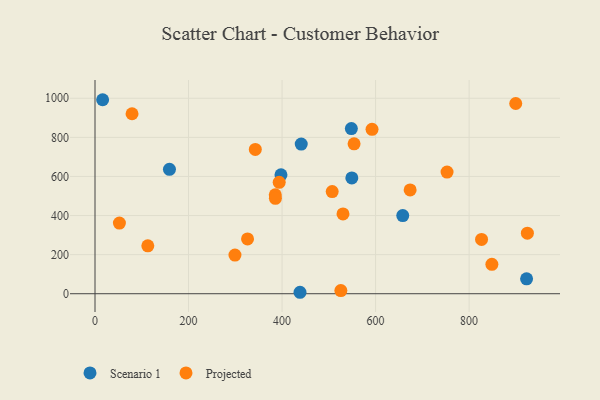
{"axis": {"x": "Price", "y": "Fuel Efficiency"}, "legend": ["Projected", "Scenario 1"], "data": [{"x": "549.2", "y": 592.5, "type": "Scenario 1"}, {"x": "438.4", "y": 7.4, "type": "Scenario 1"}, {"x": "159.2", "y": 636.3, "type": "Scenario 1"}, {"x": "658.1", "y": 400.0, "type": "Scenario 1"}, {"x": "16.3", "y": 992.6, "type": "Scenario 1"}, {"x": "922.9", "y": 76.2, "type": "Scenario 1"}, {"x": "441.0", "y": 765.7, "type": "Scenario 1"}, {"x": "548.2", "y": 844.9, "type": "Scenario 1"}, {"x": "397.7", "y": 608.4, "type": "Scenario 1"}, {"x": "554.0", "y": 767.0, "type": "Projected"}, {"x": "385.5", "y": 506.4, "type": "Projected"}, {"x": "826.6", "y": 278.0, "type": "Projected"}, {"x": "899.7", "y": 973.3, "type": "Projected"}, {"x": "342.8", "y": 738.2, "type": "Projected"}, {"x": "752.8", "y": 622.5, "type": "Projected"}, {"x": "525.7", "y": 16.3, "type": "Projected"}, {"x": "385.8", "y": 488.2, "type": "Projected"}, {"x": "924.6", "y": 309.7, "type": "Projected"}, {"x": "299.3", "y": 197.8, "type": "Projected"}, {"x": "79.2", "y": 920.9, "type": "Projected"}, {"x": "393.9", "y": 569.8, "type": "Projected"}, {"x": "673.9", "y": 531.1, "type": "Projected"}, {"x": "848.7", "y": 150.3, "type": "Projected"}, {"x": "326.2", "y": 280.3, "type": "Projected"}, {"x": "52.2", "y": 361.5, "type": "Projected"}, {"x": "592.4", "y": 841.4, "type": "Projected"}, {"x": "507.2", "y": 522.6, "type": "Projected"}, {"x": "112.9", "y": 245.1, "type": "Projected"}, {"x": "530.3", "y": 408.4, "type": "Projected"}]}